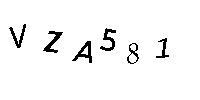
VZA581